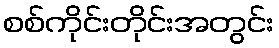
စစ်ကိုင်းတိုင်းအတွင်း